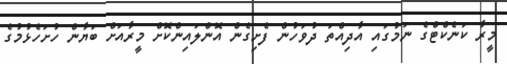
މީރާ ކަނެކްޓްގެ ނަމުގައި އާދިއްތަ ދުވަހުން ފެށިގެން އޮންލައިންކޮށް މީރާއަށް ބަޔާން ހުށަހެޅުމުގެ